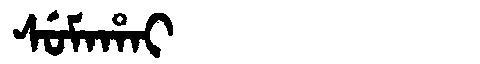
Manchu: ᠰᡠᠮᠠᡥᠠᡳ
Romanization: SUMAHAI